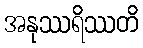
အနုဿရိဿတိ